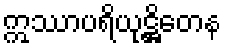
ဣဿာပရိယုဋ္ဌိတေန